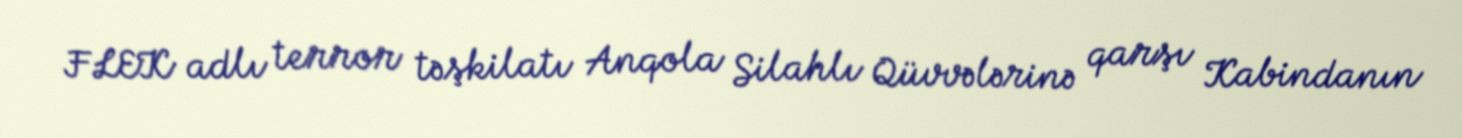
FLEK adlı terror təşkilatı Anqola Silahlı Qüvvələrinə qarşı Kabindanın